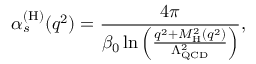
\alpha _ { s } ^ { ( \mathrm { H ) } } ( q ^ { 2 } ) = \frac { 4 \pi } { \beta _ { 0 } \ln \left( \frac { q ^ { 2 } + M _ { \mathrm { H } } ^ { 2 } ( q ^ { 2 } ) } { \Lambda _ { \mathrm { Q C D } } ^ { 2 } } \right) } ,